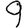
Digit: 9